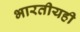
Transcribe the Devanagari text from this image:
भारतीयही